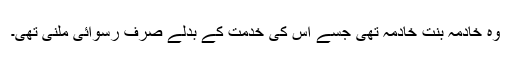
وہ خادمہ بنتِ خادمہ تھی جسے اس کی خدمت کے بدلے صرف رسوائی ملنی تھی۔